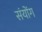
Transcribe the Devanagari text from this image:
संयोंग